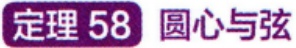
定理 58 圆心与弦